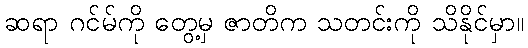
ဆရာ ဂင်မ်ကို တွေ့မှ ဇာတိက သတင်းကို သိနိုင်မှာ။